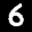
Label: 6